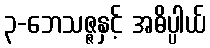
၃-ဘေသဇ္ဇနှင့် အဓိပ္ပါယ်